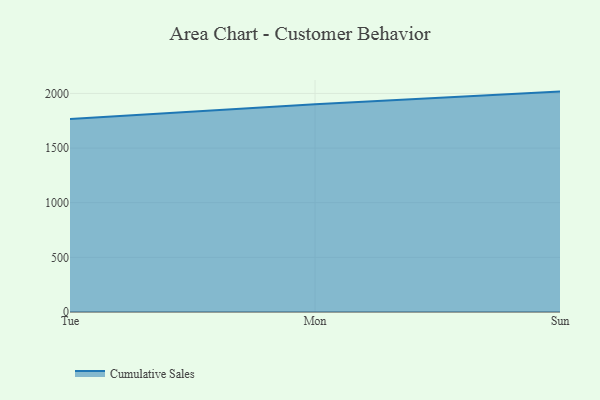
{"axis": {"x": "Day", "y": "Customer Acquisition Cost (USD)"}, "legend": ["Cumulative Sales"], "data": [{"x": "Tue", "y": 1765.8, "type": "Cumulative Sales"}, {"x": "Mon", "y": 1900.9, "type": "Cumulative Sales"}, {"x": "Sun", "y": 2016.7, "type": "Cumulative Sales"}]}